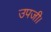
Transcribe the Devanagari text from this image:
उपजी।